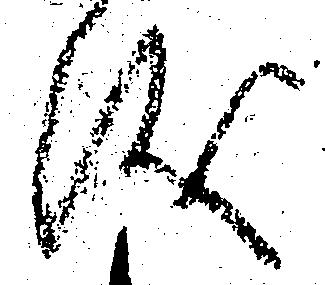
儀